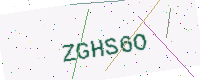
Text: ZGHS6O